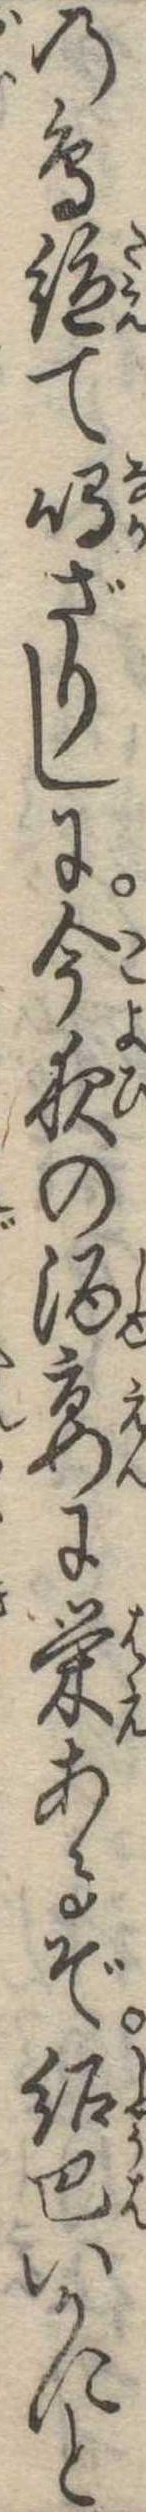
の鳥絶て鳴ざりしに今夜の酒宴に栄あるぞ紹巴いかにと